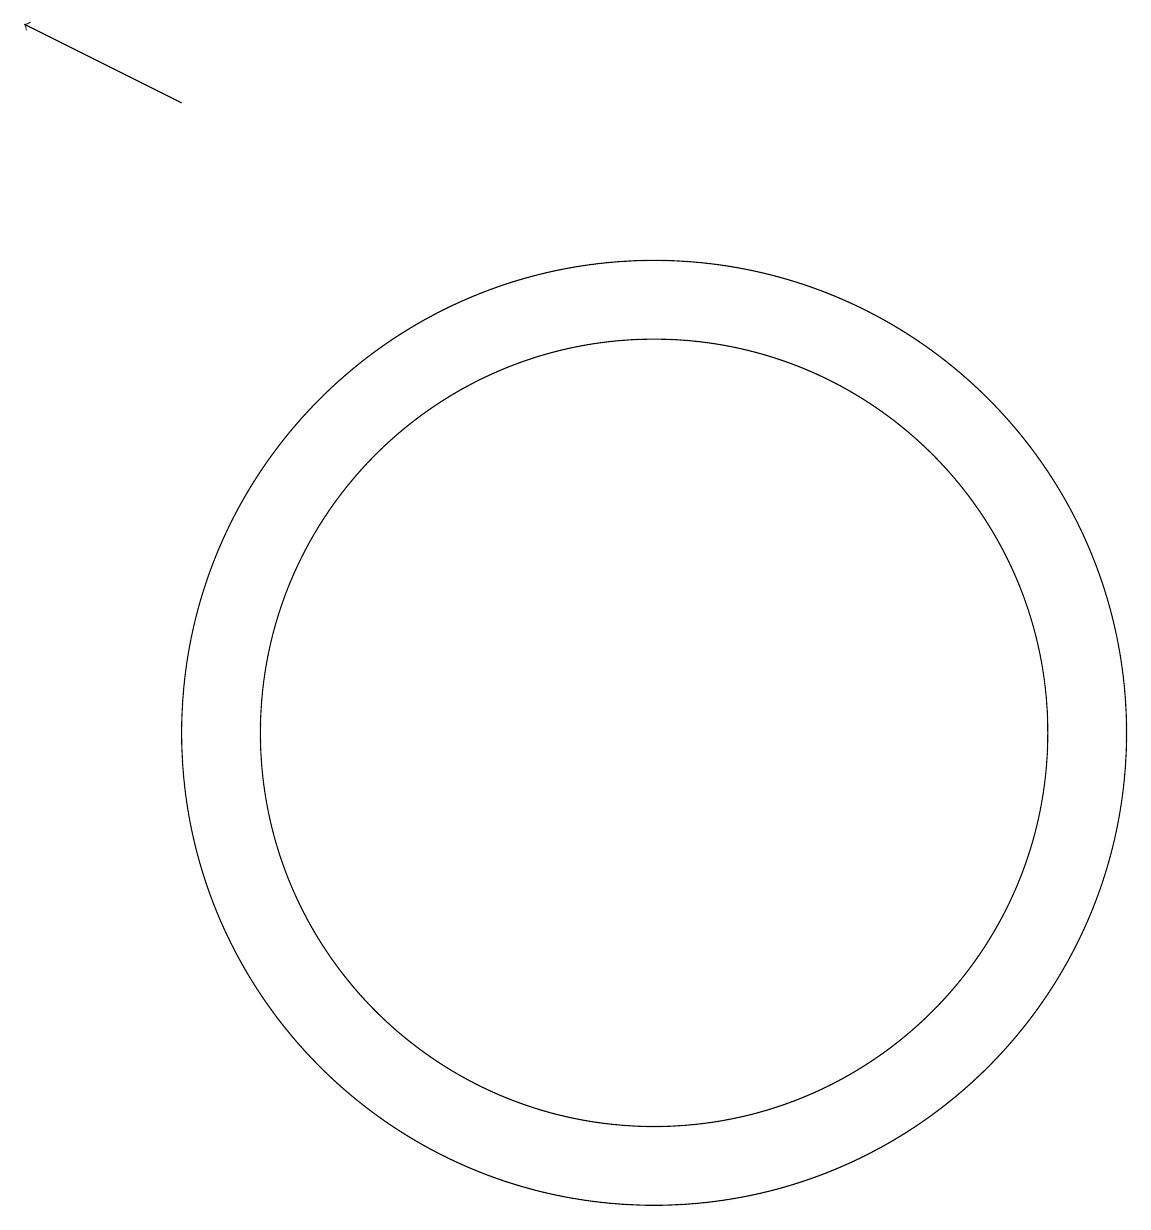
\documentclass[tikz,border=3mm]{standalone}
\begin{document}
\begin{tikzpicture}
\draw[->] (6,18) -- (4,19);
\draw (12,10) circle (6);
\draw (12,10) circle (5);
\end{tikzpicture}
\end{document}